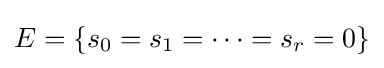
E=\{s_{0}=s_{1}=\cdots =s_{r}=0\}